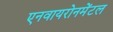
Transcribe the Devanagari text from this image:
एनवायरोनमेंटल